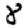
Digit: 8